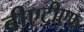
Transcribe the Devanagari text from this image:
बीएटीएफ